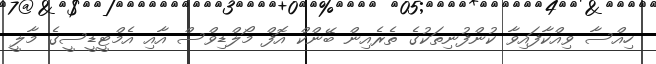
ހިއްސާ ވިއްކާފައިވާ ކުންފުނިތަކުގެ ތެރެއިން ބޭންކް އޮފް މޯލްޑިވްސް އާއި އެމްޓީޑީސީގެ މާލީ